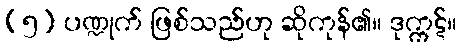
(၅) ပဏ္ဍုက် ဖြစ်သည်ဟု ဆိုကုန်၏။ ဒုက္ကဋ်။